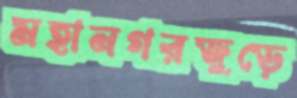
মহানগরজুড়ে